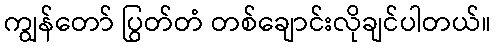
ကျွန်တော် ပြွတ်တံ တစ်ချောင်းလိုချင်ပါတယ်။